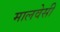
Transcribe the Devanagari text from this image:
मालवेसी